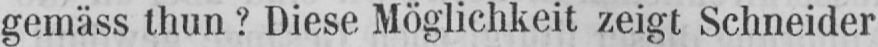
gemäss thun? Diese Möglichkeit zeigt Schneider